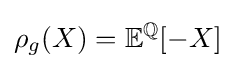
\rho _{g}(X)=\mathbb {E} ^{\mathbb {Q} }[-X]